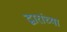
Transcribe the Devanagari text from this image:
द्वारांच्या